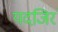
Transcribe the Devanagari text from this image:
यदजिरं